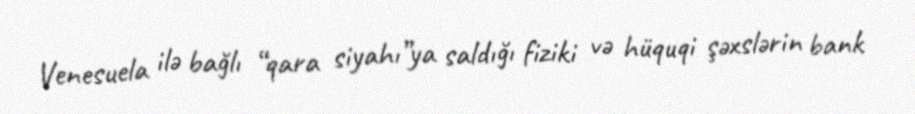
Venesuela ilə bağlı “qara siyahı”ya saldığı fiziki və hüquqi şəxslərin bank